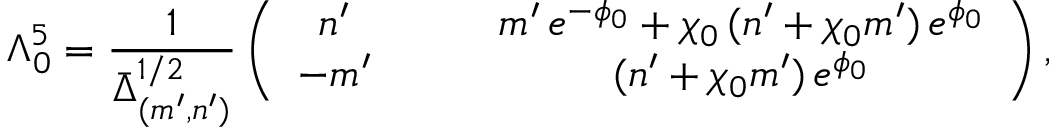
\Lambda _ { 0 } ^ { 5 } = \frac { 1 } { \bar { \Delta } _ { ( m ^ { \prime } , n ^ { \prime } ) } ^ { 1 / 2 } } \left( \begin{array} { c c } { { n ^ { \prime } \qquad } } & { { m ^ { \prime } \, e ^ { - \phi _ { 0 } } + \chi _ { 0 } \, ( n ^ { \prime } + \chi _ { 0 } m ^ { \prime } ) \, e ^ { \phi _ { 0 } } } } \\ { { - m ^ { \prime } \qquad } } & { { ( n ^ { \prime } + \chi _ { 0 } m ^ { \prime } ) \, e ^ { \phi _ { 0 } } } } \end{array} \right) ,